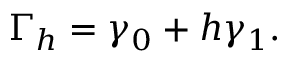
\Gamma _ { h } = \gamma _ { 0 } + h \gamma _ { 1 } .